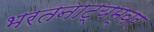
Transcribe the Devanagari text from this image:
भरतनाट्यम्‌वर